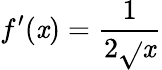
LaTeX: f^{\prime}(\mathit{x})=\frac{{1}}{{2\sqrt{}{{\mathit{x}}}}}